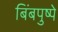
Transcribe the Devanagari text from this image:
बिंबपुष्पे